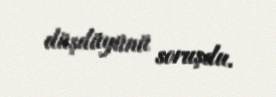
düşdüyünü soruşdu.